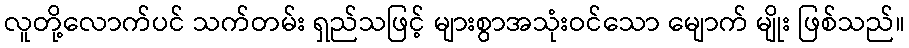
လူတို့လောက်ပင် သက်တမ်း ရှည်သဖြင့် များစွာအသုံးဝင်သော မျောက် မျိုး ဖြစ်သည်။